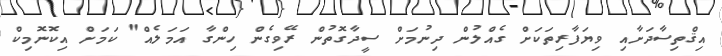
އިޤްތިސާދަށާއި ވިޔަފާރިތަކަށް ގެއްލުން ދިނުމަށް ސީދާގޮތުން ރޭވިގެން ހިންގާ އަމަލެއް" ކަމަށް އިކޮނޮމިކް